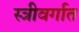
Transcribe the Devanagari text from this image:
स्त्रीवर्गात